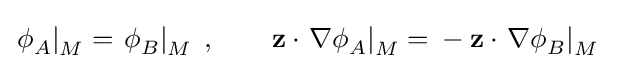
\left.\phi _{A}^{}\right|_{M}=\left.\phi _{B}^{}\right|_{M}\;,\qquad {\mathbf {z} }\cdot \left.\mathbf {\nabla } \phi _{A}^{}\right|_{M}={}-\mathbf {z} \cdot \left.\mathbf {\nabla } \phi _{B}^{}\right|_{M}\;